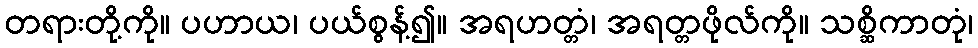
တရားတို့ကို။ ပဟာယ၊ ပယ်စွန့်၍။ အရဟတ္တံ၊ အရတ္တဖိုလ်ကို။ သစ္ဆိကာတုံ၊